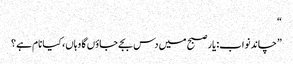
“
”چاند نواب: یار صبح میں دس بجے جاؤں گا وہاں، کیا نام ہے؟